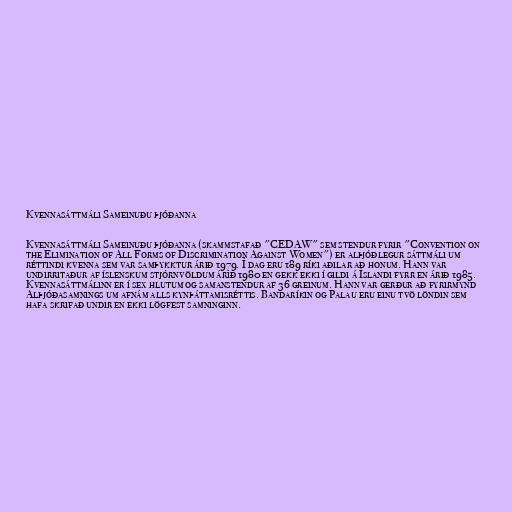
Kvennasáttmáli Sameinuðu þjóðanna

Kvennasáttmáli Sameinuðu þjóðanna (skammstafað "CEDAW" sem stendur fyrir "Convention on
the Elimination of All Forms of Discrimination Against Women") er alþjóðlegur sáttmáli um
réttindi kvenna sem var samþykktur árið 1979. Í dag eru 189 ríki aðilar að honum. Hann var
undirritaður af íslenskum stjórnvöldum árið 1980 en gekk ekki í gildi á Íslandi fyrr en árið 1985.
Kvennasáttmálinn er í sex hlutum og samanstendur af 36 greinum. Hann var gerður að fyrirmynd
Alþjóðasamnings um afnám alls kynþáttamisréttis. Bandaríkin og Palau eru einu tvö löndin sem
hafa skrifað undir en ekki lögfest samninginn.